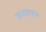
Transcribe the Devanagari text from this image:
जनप्रचार